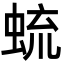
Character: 䖻